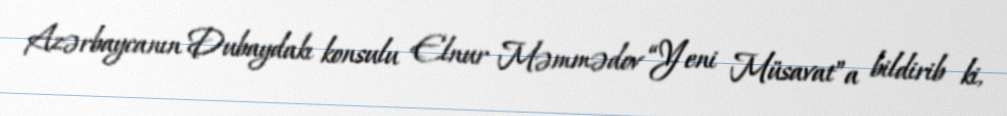
Azərbaycanın Dubaydakı konsulu Elnur Məmmədov “Yeni Müsavat”a bildirib ki,